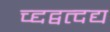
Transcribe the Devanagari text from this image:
च्द्दद्वत्दद्य